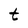
Character: t